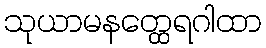
သုယာမနတ္ထေရဂါထာ